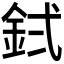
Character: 𬫇